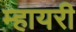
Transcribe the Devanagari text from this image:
म्हायरी